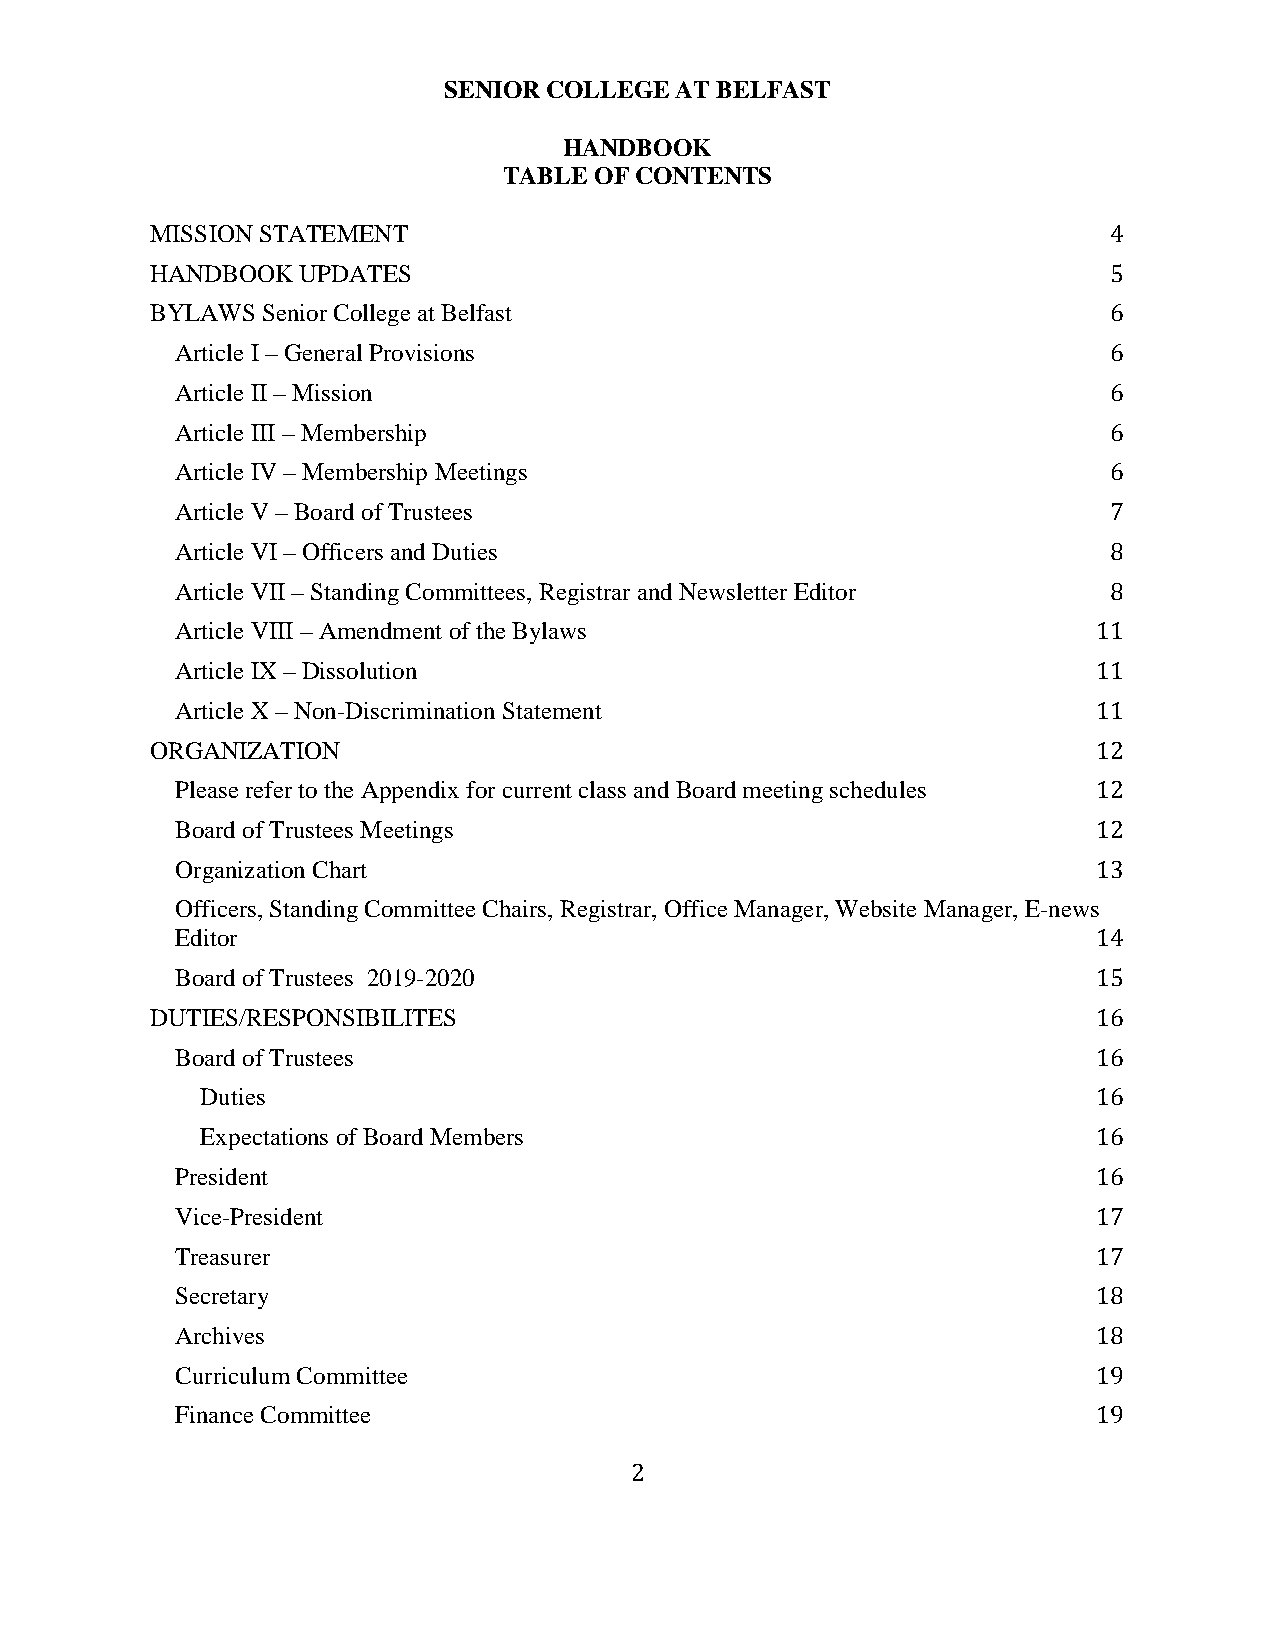
SENIOR COLLEGE  AT BELFAST
 HANDBOOK
 TABLE OF CONTENTS
 MISSION STATEMENT
 HANDBOOK  UPDATES
 4
 BYLAWS Senior College at Belfast
 5
 Article I – General Provisions
 6
 Article II – Mission
 6
 Article III – Membership
 6
 Article IV – Membership Meetings
 6
 Article V – Board of Trustees
 6
 Article VI – Officers and Duties
 7
 Article VII – Standing Committees, Registrar and Newsletter Editor
 8
 Article VIII – Amendment of the Bylaws
 8
 Article IX – Dissolution
 11
 Article X – Non-Discrimination Statement
 11
 ORGANIZATION
 11
 Please refer to the Appendix for current class and Board meeting schedules
 12
 Board of Trustees Meetings
 12
 Organization Chart
 12
 Officers, Standing Committee Chairs, Registrar, Office Manager, Website Manager, E-news
 13
 Editor
 Board of Trustees 2019-2020
 14
 DUTIES/RESPONSIBILITES
 15
 Board of Trustees
 16
 Duties
 16
 Expectations of Board Members
 16
 President
 16
 Vice-President
 16
 Treasurer
 17
 Secretary
 17
 Archives
 18
 Curriculum Committee
 18
 Finance Committee
 19
 19
 2